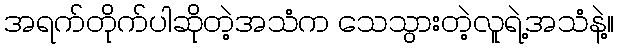
အရက်တိုက်ပါဆိုတဲ့အသံက သေသွားတဲ့လူရဲ့အသံနဲ့။